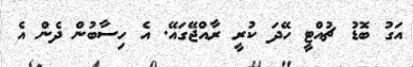
އަގު ބޮޑު ޗުއްޓީ ހޭދަ ކުރީ ރާއްޖޭގައޭ. އެ ހިސާބުން ދެން އެ